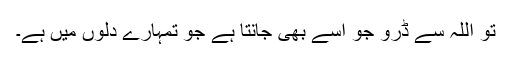
تو اللہ سے ڈرو جو اُسے بھی جانتا ہے جو تمہارے دلوں میں ہے۔